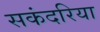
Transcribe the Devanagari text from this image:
सकंदरिया